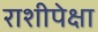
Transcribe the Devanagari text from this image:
राशीपेक्षा